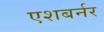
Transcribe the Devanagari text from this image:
एशबर्नर